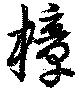
樟